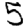
Digit: 5